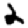
Digit: 2